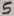
Text: 5